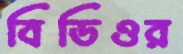
বিডিওর